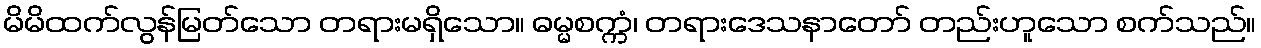
မိမိထက်လွန်မြတ်သော တရားမရှိသော။ ဓမ္မစက္ကံ၊ တရားဒေသနာတော် တည်းဟူသော စက်သည်။